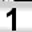
Digit: 1